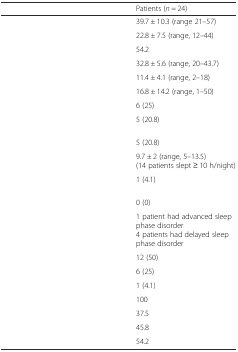
<table><thead><tr><td>[EMPTY_CELL]</td><td><b>Patients (<i>n</i> = 24)</b></td></tr></thead><tbody><tr><td>[EMPTY_CELL]</td><td>39.7 ± 10.3 (range 21–57)</td></tr><tr><td>[EMPTY_CELL]</td><td>22.8 ± 7.5 (range, 12–44)</td></tr><tr><td>[EMPTY_CELL]</td><td>54.2</td></tr><tr><td>[EMPTY_CELL]</td><td>32.8 ± 5.6 (range, 20–43.7)</td></tr><tr><td>[EMPTY_CELL]</td><td>11.4 ± 4.1 (range, 2–18)</td></tr><tr><td>[EMPTY_CELL]</td><td>16.8 ± 14.2 (range, 1–50)</td></tr><tr><td>[EMPTY_CELL]</td><td>6 (25)</td></tr><tr><td>[EMPTY_CELL]</td><td>5 (20.8)</td></tr><tr><td>[EMPTY_CELL]</td><td>5 (20.8)</td></tr><tr><td>[EMPTY_CELL]</td><td>9.7 ± 2 (range, 5–13.5)(14 patients slept ≥ 10 h/night)</td></tr><tr><td>[EMPTY_CELL]</td><td>1 (4.1)</td></tr><tr><td>[EMPTY_CELL]</td><td>0 (0)</td></tr><tr><td>[EMPTY_CELL]</td><td>1 patient had advanced sleep phase disorder4 patients had delayed sleep phase disorder</td></tr><tr><td>[EMPTY_CELL]</td><td>12 (50)</td></tr><tr><td>[EMPTY_CELL]</td><td>6 (25)</td></tr><tr><td>[EMPTY_CELL]</td><td>1 (4.1)</td></tr><tr><td>[EMPTY_CELL]</td><td>100</td></tr><tr><td>[EMPTY_CELL]</td><td>37.5</td></tr><tr><td>[EMPTY_CELL]</td><td>45.8</td></tr><tr><td>[EMPTY_CELL]</td><td>54.2</td></tr></tbody></table>